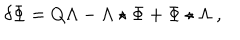
LaTeX: \delta \Phi = Q \Lambda - \Lambda \star \Phi + \Phi \star \Lambda \ ,